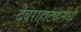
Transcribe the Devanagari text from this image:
देवराहाट्यामध्ये